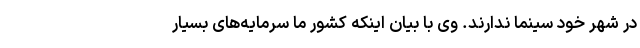
در شهر خود سینما ندارند. وی با بیان اینکه کشور ما سرمایه‌های بسیار